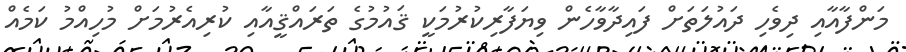
މަންފާއާއި ދިވެހި ދައުލަތަށް ފައިދާވާހެން ވިޔަފާރިކުރުމަކީ ޤައުމުގެ ތަރައްޤީއާއި ކުރިއެރުމަށް މުހިއްމު ކަމެއް